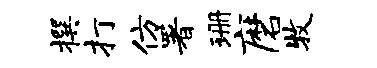
撰打仿署珊磨牧